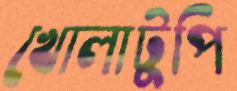
খোলাটুপি